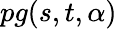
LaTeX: pg(s,t,\alpha)